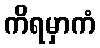
ကိရမှာကံ